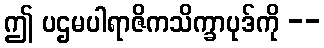
ဤ ပဌမပါရာဇိကသိက္ခာပုဒ်ကို --